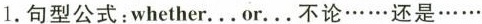
1.句型公式:whether...or…不论……还是…